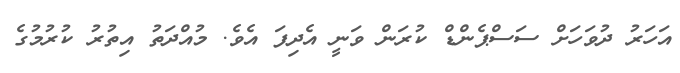
އަހަރު ދުވަހަށް ސަސްޕެންޑް ކުރަން ވަނީ އެދިފަ އެވެ. މުއްދަތު އިތުރު ކުރުމުގެ